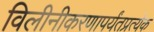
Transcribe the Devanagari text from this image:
विलीनीकरणापर्यंतप्रत्येक